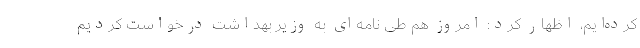
کرده‌ایم، اظهار کرد: امروز هم طی نامه‌ای به وزیر بهداشت درخواست کردیم